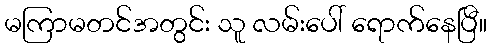
မကြာမတင်အတွင်း သူ လမ်းပေါ် ရောက်နေပြီ။